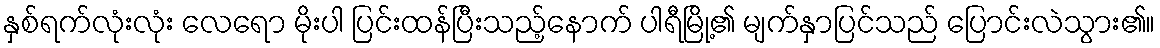
နှစ်ရက်လုံးလုံး လေရော မိုးပါ ပြင်းထန်ပြီးသည့်နောက် ပါရီမြို့၏ မျက်နှာပြင်သည် ပြောင်းလဲသွား၏။